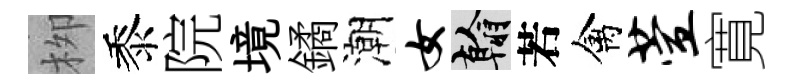
栁黍院境鐍潮女翰若禽萱寛